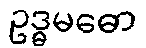
ဥဒ္ဓမဓော